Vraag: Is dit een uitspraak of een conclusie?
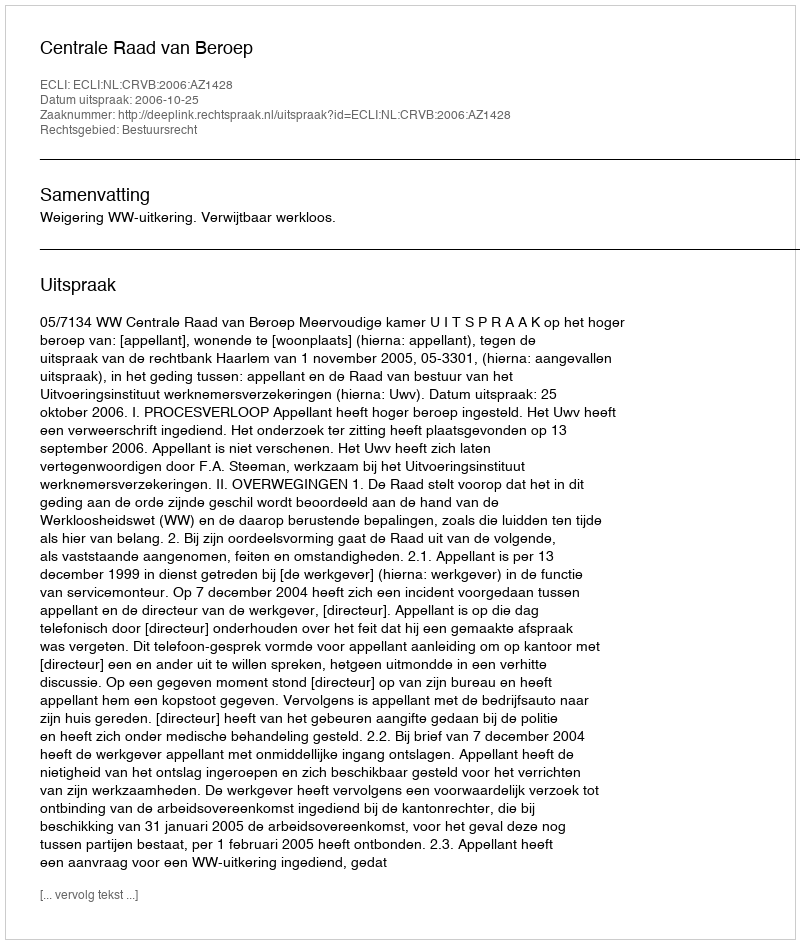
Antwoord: Uitspraak